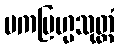
ဗကဗြဟ္မသုတ္တံ